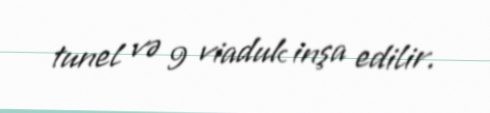
tunel və 9 viaduk inşa edilir.